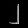
Digit: ၂